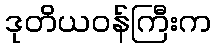
ဒုတိယဝန်ကြီးက